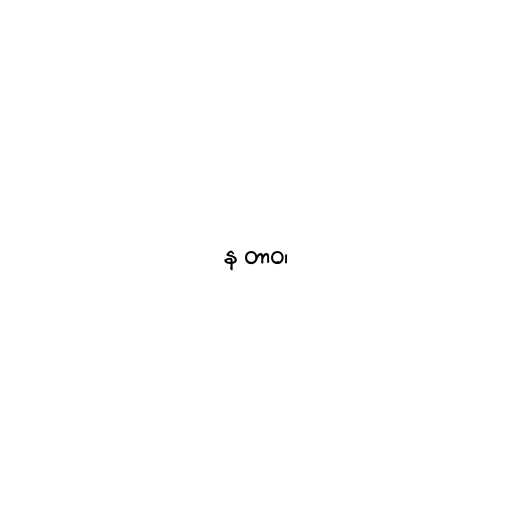
န တာဝ၊